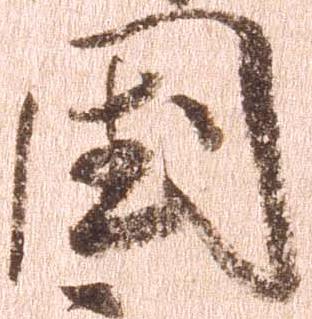
国